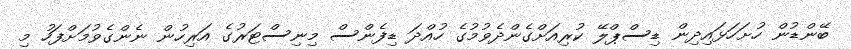
ބޭންޑުން ހުށަހަޅައިދިން ޑިސްޕްލޭ ކުރިއަށްގެންދެވުމުގެ ހުއްދަ ޑިފެންސް މިނިސްޓަރުގެ އަރިހުން ނެންގެވުމަށްފަހު މި